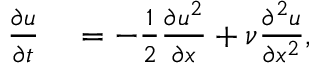
\begin{array} { r l } { \frac { \partial u } { \partial t } } & { { } = - \frac { 1 } { 2 } \frac { \partial u ^ { 2 } } { \partial x } + \nu \frac { \partial ^ { 2 } u } { \partial x ^ { 2 } } , } \end{array}